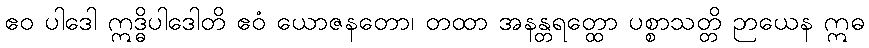
ဧဝ ပါဒေါ ဣဒ္ဓိပါဒေါတိ ဧဝံ ယောဇနတော၊ တထာ အနန္တရတ္ထော ပစ္စာသတ္တိ ဉာယေန ဣဓ